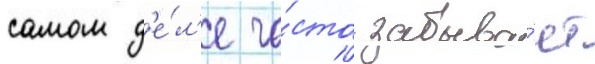
самом д'е́л'е ча́сто забыва́ет